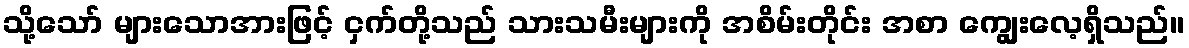
သို့သော် များသောအားဖြင့် ငှက်တို့သည် သားသမီးများကို အစိမ်းတိုင်း အစာ ကျွေးလေ့ရှိသည်။